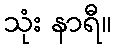
သုံး နာရီ။